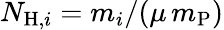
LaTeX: N_{\mathrm{H},i}=m_{i}/(\mu\, m_{\mathrm{P}})